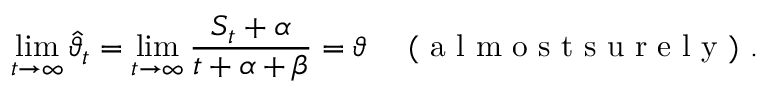
\operatorname* { l i m } _ { t \to \infty } \widehat { \vartheta } _ { t } = \operatorname* { l i m } _ { t \to \infty } \frac { S _ { t } + \alpha } { t + \alpha + \beta } = \vartheta \quad \mathrm { ~ ( ~ a ~ l ~ m ~ o ~ s ~ t ~ s ~ u ~ r ~ e ~ l ~ y ~ ) ~ } .